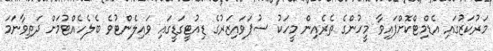
މަރުކަޒުގައި އެޑްމިޓްކޮށްފައިވާ މީހުންގެ ތެރެއިން މީހަކު ސުޕަވައިޒަރުގެ ޑިއުޓީގަޑީގައި ވައިލެންޓުވެ ބެލެހެއްޓުމަށް ދަތިވާނަމަ